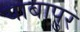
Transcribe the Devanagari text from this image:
याबापुर